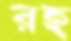
রহ